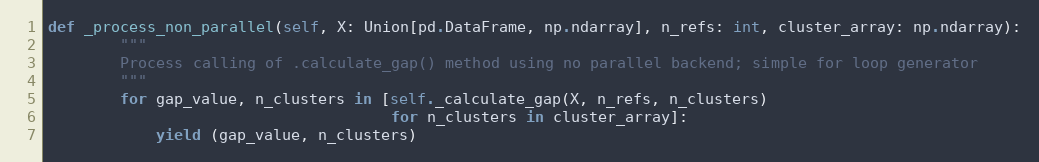
Language: Python
def _process_non_parallel(self, X: Union[pd.DataFrame, np.ndarray], n_refs: int, cluster_array: np.ndarray):
        """
        Process calling of .calculate_gap() method using no parallel backend; simple for loop generator
        """
        for gap_value, n_clusters in [self._calculate_gap(X, n_refs, n_clusters)
                                      for n_clusters in cluster_array]:
            yield (gap_value, n_clusters)